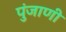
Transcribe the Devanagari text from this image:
पुंजाणी